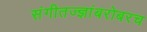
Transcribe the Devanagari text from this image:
संगीतज्ज्ञांबरोबरच